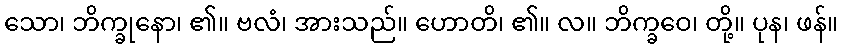
သော၊ ဘိက္ခုနော၊ ၏။ ဗလံ၊ အားသည်။ ဟောတိ၊ ၏။ လ။ ဘိက္ခဝေ၊ တို့။ ပုန၊ ဖန်။